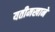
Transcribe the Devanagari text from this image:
यतीमखाने